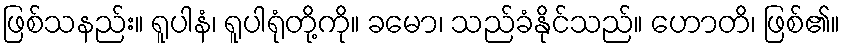
ဖြစ်သနည်း။ ရူပါနံ၊ ရူပါရုံတို့ကို။ ခမော၊ သည်ခံနိုင်သည်။ ဟောတိ၊ ဖြစ်၏။